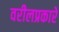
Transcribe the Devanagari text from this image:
वरीलप्रकारे